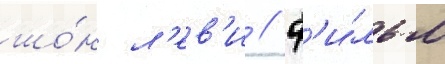
шо́н л'ев'и // Ф'и́льм